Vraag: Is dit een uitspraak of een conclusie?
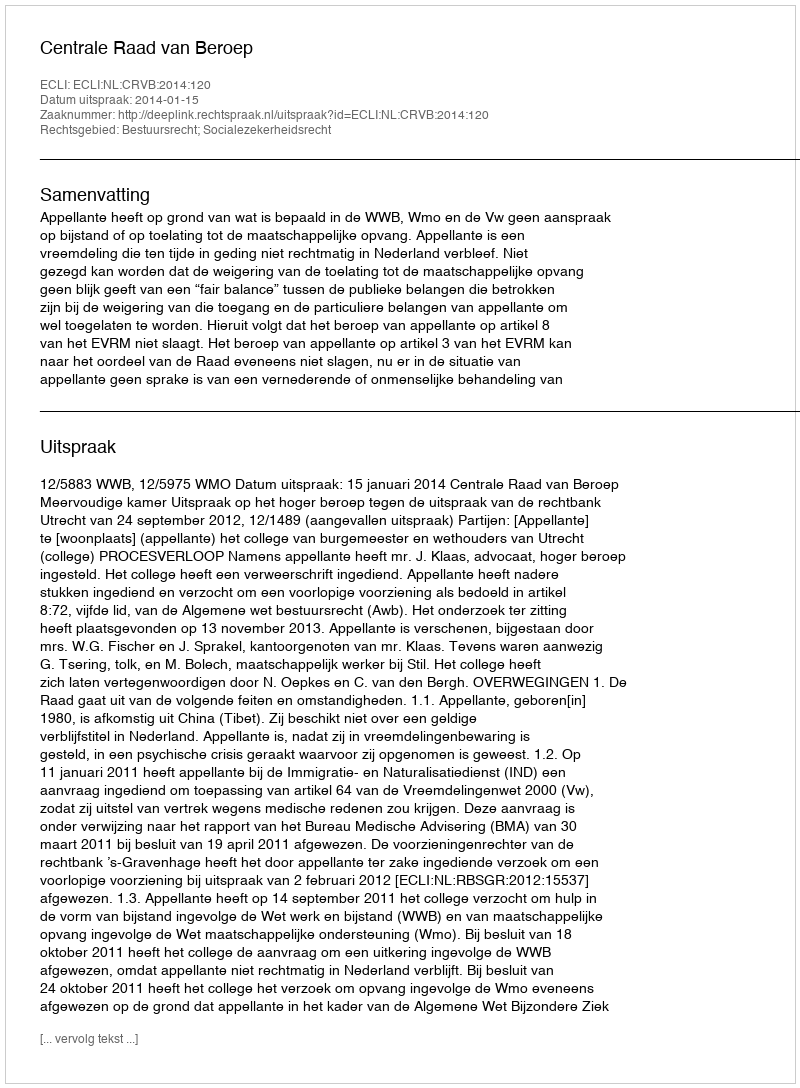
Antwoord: Uitspraak